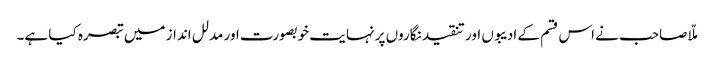
ملّا صاحب نے اس قسم کے ادیبوں اور تنقید نگاروں پر نہایت خوبصورت اور مدلل انداز میں تبصرہ کیا ہے۔